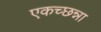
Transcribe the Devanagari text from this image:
एकच्छन्ना